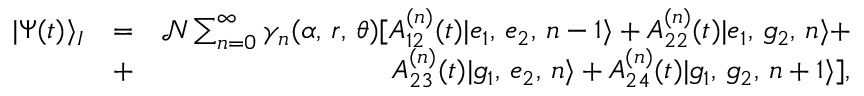
\begin{array} { r l r } { | \Psi ( t ) \rangle _ { I } } & { = } & { \mathcal { N } \sum _ { n = 0 } ^ { \infty } \gamma _ { n } ( \alpha , \, r , \, \theta ) [ A _ { 1 2 } ^ { ( n ) } ( t ) | e _ { 1 } , \, e _ { 2 } , \, n - 1 \rangle + A _ { 2 2 } ^ { ( n ) } ( t ) | e _ { 1 } , \, g _ { 2 } , \, n \rangle + } \\ & { + } & { A _ { 2 3 } ^ { ( n ) } ( t ) | g _ { 1 } , \, e _ { 2 } , \, n \rangle + A _ { 2 4 } ^ { ( n ) } ( t ) | g _ { 1 } , \, g _ { 2 } , \, n + 1 \rangle ] , } \end{array}